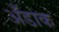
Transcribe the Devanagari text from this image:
अँडाक